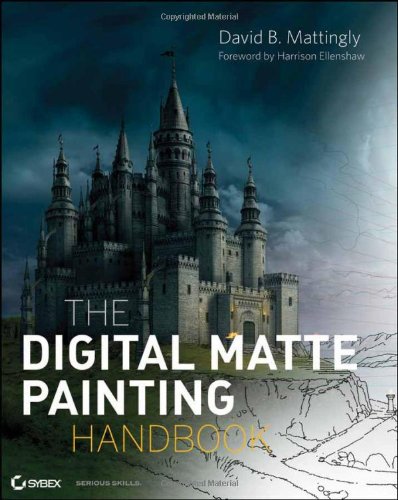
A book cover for The Digital Matte Painting Handbook; David B. Mattingly; Computers & Technology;